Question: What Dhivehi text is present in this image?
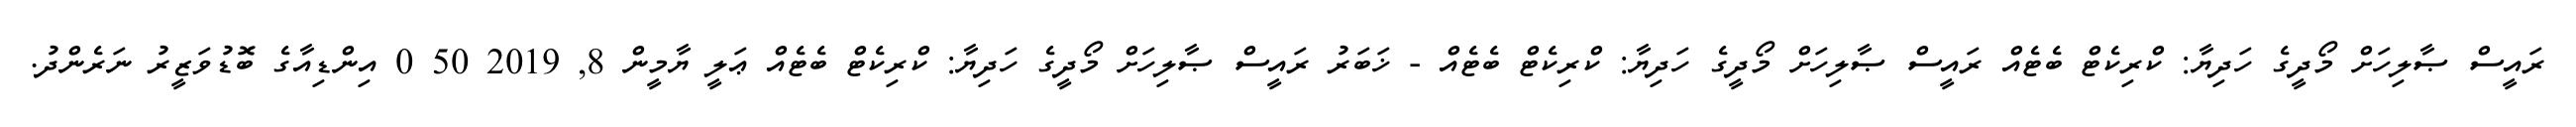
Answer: ރައީސް ޞާލިހަށް މޯދީގެ ހަދިޔާ: ކްރިކެޓް ބެޓެއް ރައީސް ޞާލިހަށް މޯދީގެ ހަދިޔާ: ކްރިކެޓް ބެޓެއް - ޚަބަރު ރައީސް ޞާލިހަށް މޯދީގެ ހަދިޔާ: ކްރިކެޓް ބެޓެއް ޢަލީ ޔާމީން 8, 2019 50 0 އިންޑިއާގެ ބޮޑުވަޒީރު ނަރެންދު.